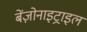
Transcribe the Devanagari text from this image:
बेंज़ोनाइट्राइल